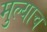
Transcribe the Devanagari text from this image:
मुल्याच